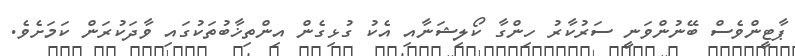
ޕާޓީންވެސް ބޭނުންވަނީ ސަރުކާރު ހިންގާ ކޯލިޝަނާއި އެކު ގުޅިގެން އިންތިޚާބުތަކުގައި ވާދަކުރަން ކަމަށެވެ.